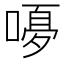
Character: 𭉿